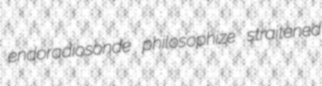
endoradiosonde philosophize straitened